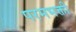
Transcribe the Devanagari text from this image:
परमभक्ती